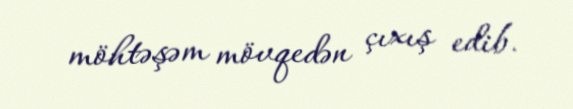
möhtəşəm mövqedən çıxış edib.